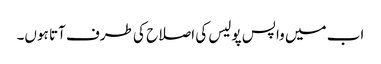
اب میں واپس پولیس کی اصلاح کی طرف آتا ہوں۔